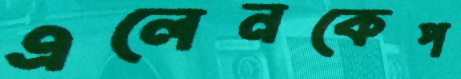
এলেনকেপ